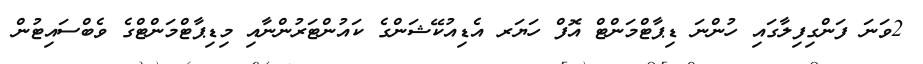
2ވަނަ ފަންގިފިލާގައި ހުންނަ ޑިޕާޓްމަންޓް އޮފް ހަޔަރ އެޑިއުކޭޝަންގެ ކައުންޓަރުންނާއި މިޑިޕާޓްމަންޓްގެ ވެބްސައިޓުން